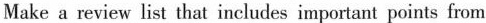
Make a review list that includes important points from